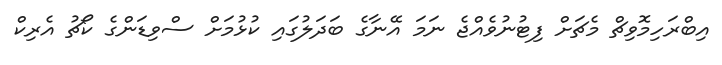
އިބްރަހިމޮވިޗް މެޗަށް ފިޓުނުވެއްޖެ ނަމަ އޭނާގެ ބަދަލުގައި ކުޅުމަށް ސްވިޑަންގެ ކޯޗު އެރިކް